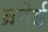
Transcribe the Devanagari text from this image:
ब्रनेई